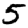
Digit: 5